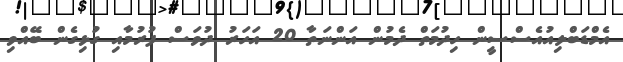
އެމްޑަބްލިއުއެސްސީން ހިދުމަތް ދެމުން އަންނަތާ 20 އަހަރު ދުވަސް ފުރުމާއި ގުޅިގެން ބޭއްވި